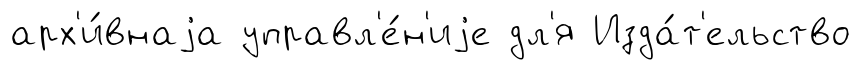
арх'и́внаjа управл'е́н'иjе дл'я Изда́т'ельство